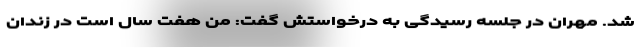
شد. مهران در جلسه رسیدگی به درخواستش گفت: من هفت سال است در زندان